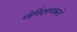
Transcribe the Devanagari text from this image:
गोविंदरावांकडे